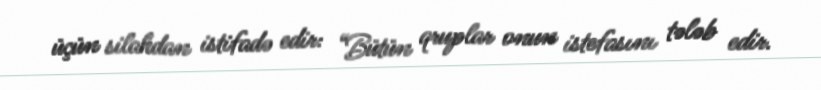
üçün silahdan istifadə edir: “Bütün qruplar onun istefasını tələb edir.